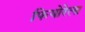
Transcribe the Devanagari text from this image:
फियोरेला